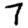
Digit: 7